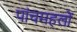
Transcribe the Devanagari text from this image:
पांचमहलों